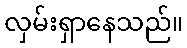
လှမ်းရှာနေသည်။